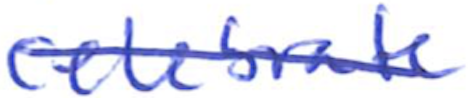
Text: celebrate
Cross-out: diagonal
Writing tool: ballpoint